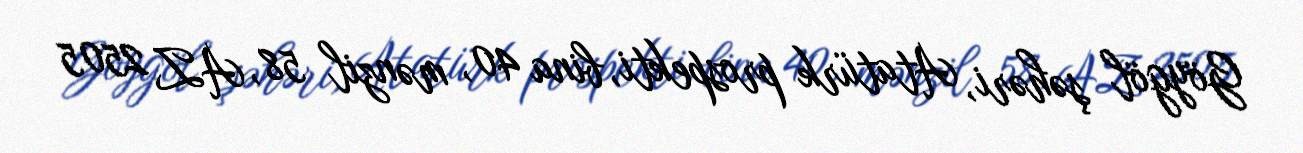
Göygöl şəhəri, Atatürk prospekti, bina 40, mənzil 58, AZ 2505